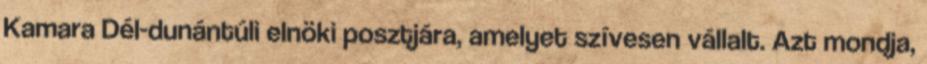
Kamara Dél-dunántúli elnöki posztjára, amelyet szívesen vállalt. Azt mondja,